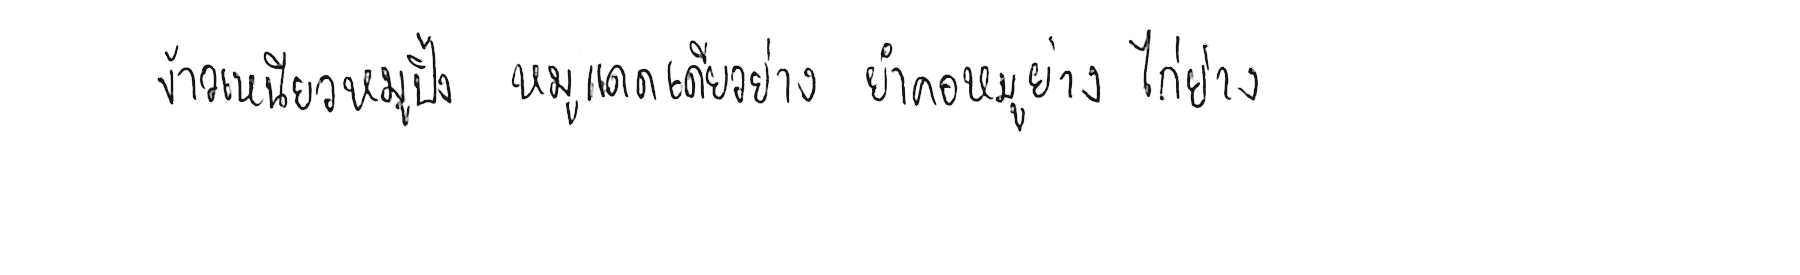
ข้าวเหนียวหมูปิ้ง หมูแดดเดียวย่าง ยำคอหมูย่าง ไก่ย่าง